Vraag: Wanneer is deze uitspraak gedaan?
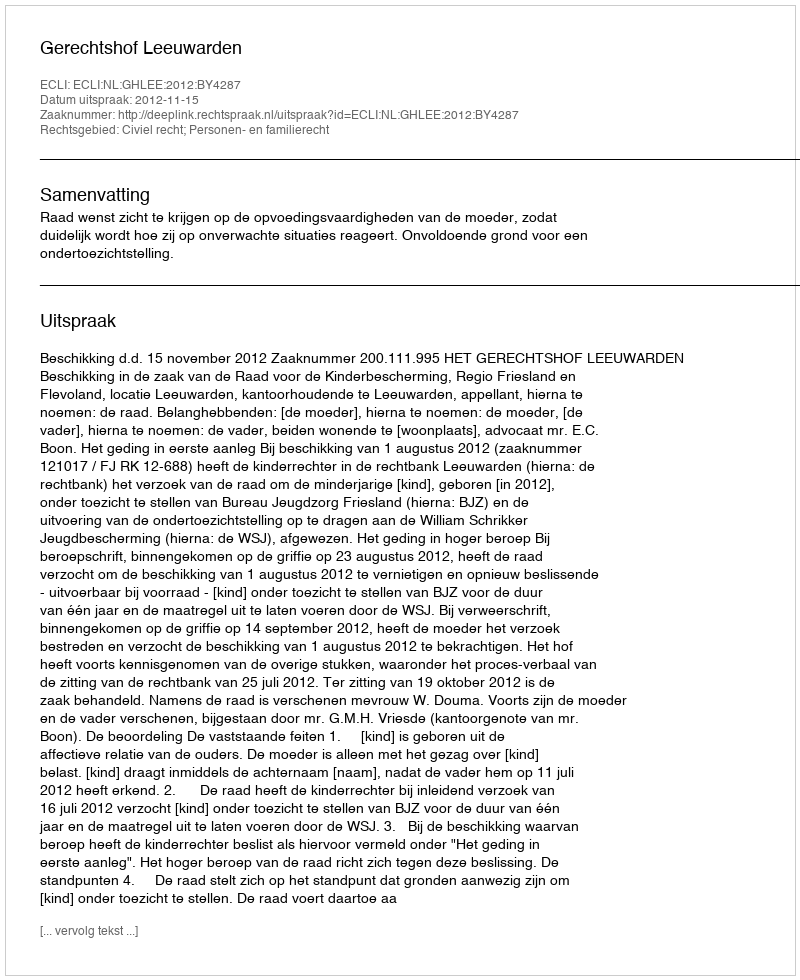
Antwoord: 2012-11-15